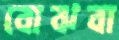
বোঝবা